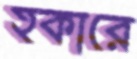
হকারে